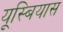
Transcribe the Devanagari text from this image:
यूस्बियास